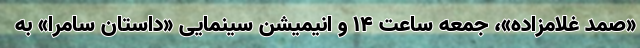
«صمد غلامزاده»، جمعه ساعت ۱۴ و انیمیشن سینمایی «داستان سامرا» به